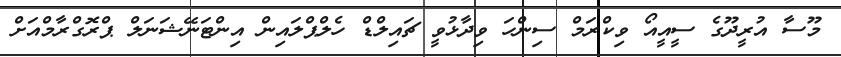
މޫސާ އުރީދޫގެ ސީއީއޯ ވިކްރަމް ސިންހަ ވިދާޅުވީ ޗައިލްޑް ހެލްޕްލައިން އިންޓަނޭޝަނަލް ޕްރޮގްރާމްއަށް